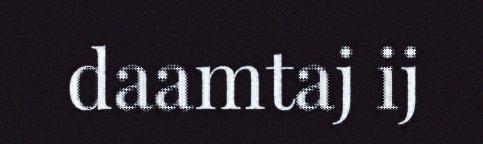
daamtaj ij